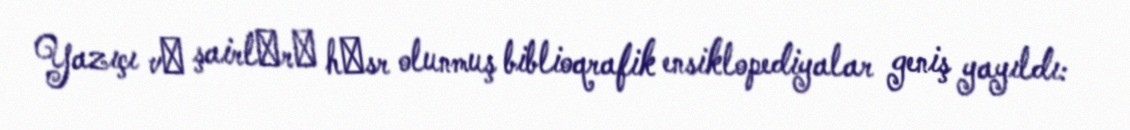
Yazıçı vә şairlәrә hәsr olunmuş biblioqrafik ensiklopediyalar geniş yayıldı: